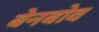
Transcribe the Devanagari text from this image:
बेनबोव